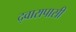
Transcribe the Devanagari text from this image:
द्वारापासी